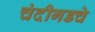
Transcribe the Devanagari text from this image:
चंदीगडचे